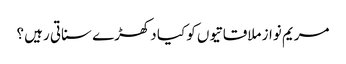
مریم نواز ملاقاتیوں کو کیا دکھڑے سناتی رہیں ؟